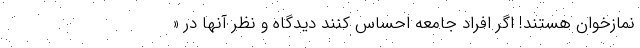
نمازخوان هستند! اگر افراد جامعه احساس كنند ديدگاه و نظر آنها در «